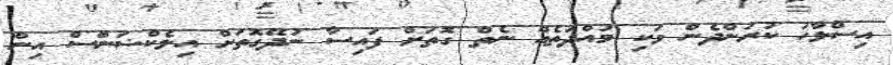
އިސްލާހު ކުރަންދެން ވަކި މުއްދަތެއް ނެތް ގޮތަށް ފައިސާ ނުދޭގޮތަށް އިލެކްޝަންަސް އިން